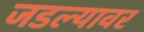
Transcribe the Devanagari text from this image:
जडल्यावर